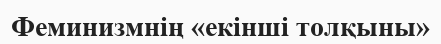
Феминизмнің «екінші толқыны»